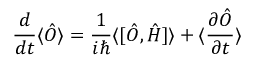
\frac { d } { d t } \langle \hat { O } \rangle = \frac { 1 } { i \hbar } \langle [ \hat { O } , \hat { H } ] \rangle + \langle \frac { \partial \hat { O } } { \partial t } \rangle